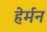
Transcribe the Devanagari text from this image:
हेर्मन